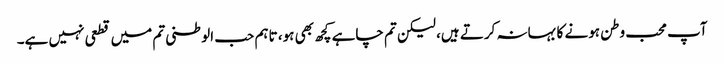
آپ محب وطن ہونے کا بہانہ کرتے ہیں، لیکن تم چاہے کچھ بھی ہو، تاہم حب الوطنی تم میں قطعی نہیں ہے۔